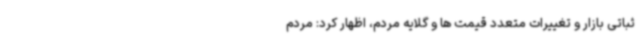
ثباتی بازار و تغییرات متعدد قیمت ها و گلایه مردم، اظهار کرد: مردم